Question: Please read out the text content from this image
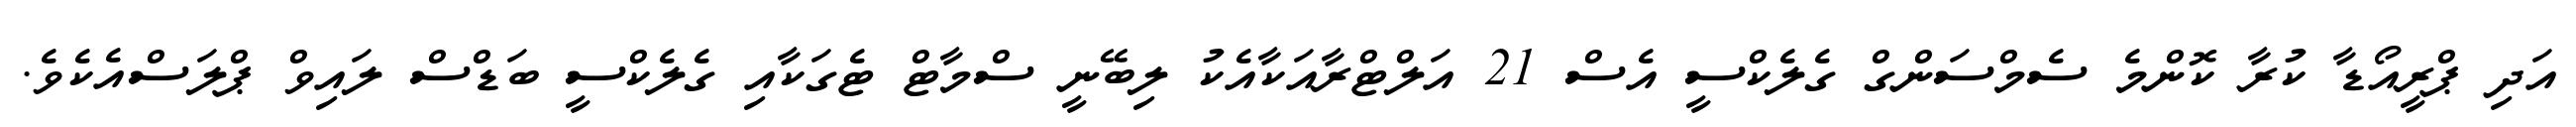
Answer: އަދި ޕްރީއޯޑާ ކުރާ ކޮންމެ ސެމްސަންގް ގެލެކްސީ އެސް 21 އަލްޓްރާއަކާއެކު ލިބޭނީ ސްމާޓް ޓެގަކާއި ގެލެކްސީ ބަޑްސް ލައިވް ޕްލަސްއެކެވެ.